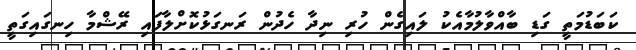
ކަބަޑުމަތީ ގަޑި ބާއްވާލުމާއެކު ލައިގެން ހުރި ނިދާ ހެދުން ރަނގަޅުކޮށްލާފައި ރޭޝްމާ ހިނގައިގަތީ